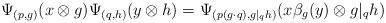
LaTeX: \begin{align*}\Psi_{(p,g)}(x\otimes g)\Psi_{(q,h)}(y\otimes h)=\Psi_{(p(g\cdot q), g|_qh)}(x\beta_g(y)\otimes g|_qh)\end{align*}